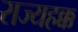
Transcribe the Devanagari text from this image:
राज्यहक्क